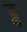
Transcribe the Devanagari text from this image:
ढ्ढ